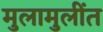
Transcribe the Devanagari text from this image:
मुलामुलींत